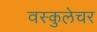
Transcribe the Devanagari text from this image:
वस्कुलेचर